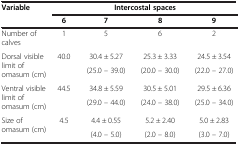
<table><thead><tr><td rowspan="2"><b>Variable</b></td><td colspan="4"><b>Intercostal spaces</b></td></tr><tr><td><b>6</b></td><td><b>7</b></td><td><b>8</b></td><td><b>9</b></td></tr></thead><tbody><tr><td>Number of calves</td><td>1</td><td>5</td><td>6</td><td>2</td></tr><tr><td rowspan="2">Dorsal visible limit of omasum (cm)</td><td rowspan="2">40.0</td><td>30.4 ± 5.27</td><td>25.3 ± 3.33</td><td>24.5 ± 3.54</td></tr><tr><td>(25.0 – 39.0)</td><td>(20.0 – 30.0)</td><td>(22.0 – 27.0)</td></tr><tr><td rowspan="2">Ventral visible limit of omasum (cm)</td><td rowspan="2">44.5</td><td>34.8 ± 5.59</td><td>30.5 ± 5.01</td><td>29.5 ± 6.36</td></tr><tr><td>(29.0 – 44.0)</td><td>(24.0 – 38.0)</td><td>(25.0 – 34.0)</td></tr><tr><td rowspan="2">Size of omasum (cm)</td><td rowspan="2">4.5</td><td>4.4 ± 0.55</td><td>5.2 ± 2.40</td><td>5.0 ± 2.83</td></tr><tr><td>(4.0 – 5.0)</td><td>(2.0 – 8.0)</td><td>(3.0 – 7.0)</td></tr></tbody></table>